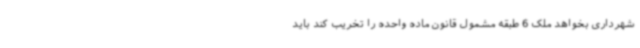
شهرداری بخواهد ملک 6 طبقه مشمول قانون ماده واحده را تخریب کند باید